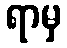
ရာမှ